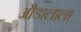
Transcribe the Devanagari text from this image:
औडालाला